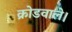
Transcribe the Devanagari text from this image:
क्रोडवाले।